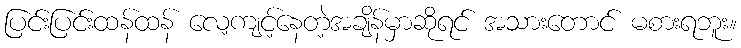
ပြင်းပြင်းထန်ထန် လေ့ကျင့်နေတဲ့အချိန်မှာဆိုရင် အသားတောင် မစားရဘူး။